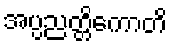
အပ္ပညတ္တိကောတိ